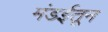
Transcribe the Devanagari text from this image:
मंडईतून